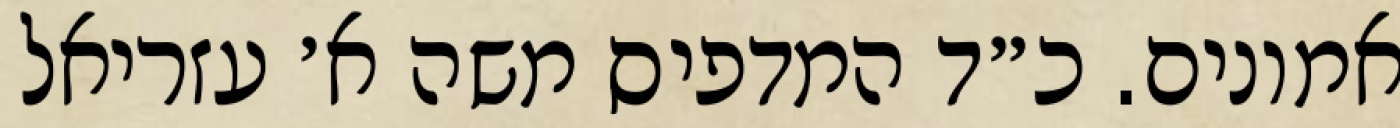
אמונים. כ״ד המדפיס משה א׳ עזריאל